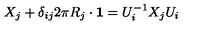
X _ { j } + \delta _ { i j } 2 \pi R _ { j } \cdot { \bf 1 } = U _ { i } ^ { - 1 } X _ { j } U _ { i }